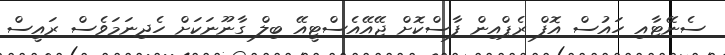
ސެނޭޓާއި ހައުސް އޮފް ރެޕްއިން ފާސްކޮށް ޖޭއޭއެސްޓީއޭ ބިލް ގާނޫނަކަށް ހެދިނަމަވެސް ރައީސް